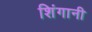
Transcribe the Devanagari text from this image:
शिंगानी